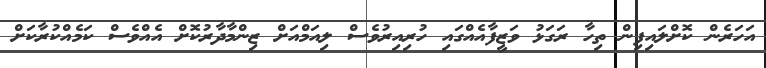
އަހަރެން ކޮށްލައިފިން ތިހާ ރަގަޅު ވަޒީފާއެއްގައި ހުރިއިރުވެސް ލިއަމްއަށް ޒިންމާދާރުކޮށް އެއްވެސް ކަމެއްކުރާކަށް